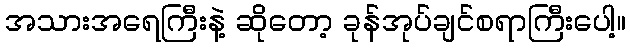
အသားအရေကြီးနဲ့ ဆိုတော့ ခုန်အုပ်ချင်စရာကြီးပေါ့။